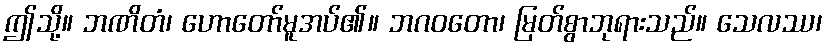
ဤသို့။ ဘဏိတံ၊ ဟောတော်မူအပ်၏။ ဘဂဝတော၊ မြတ်စွာဘုရားသည်။ သေလဿ၊